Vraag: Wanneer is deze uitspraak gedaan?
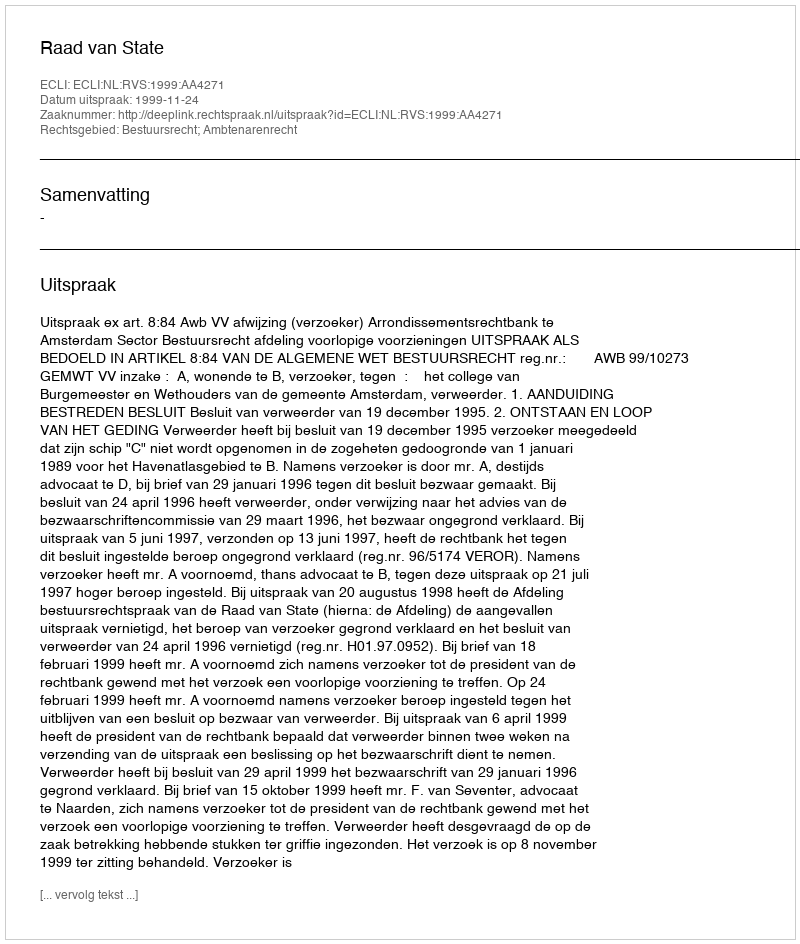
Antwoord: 1999-11-24